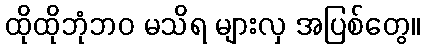
ထိုထိုဘုံဘဝ မသိရ များလှ အပြစ်တွေ။